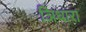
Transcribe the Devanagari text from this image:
ञिधारा